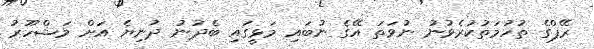
ރޭޕްގެ ތުހުމަތުކުރެވުނު ނުވަތަ އޭގެ ނުބައި މަޅީގައި ބެދުނު ދުނިޔެ އަށް މަޝްހޫރު